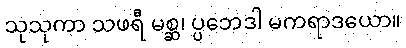
သုသုကာ သဖရီ မစ္ဆ၊ ပ္ပဘေဒါ မကရာဒယော။